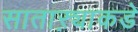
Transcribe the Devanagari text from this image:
साताऱ्याकडे